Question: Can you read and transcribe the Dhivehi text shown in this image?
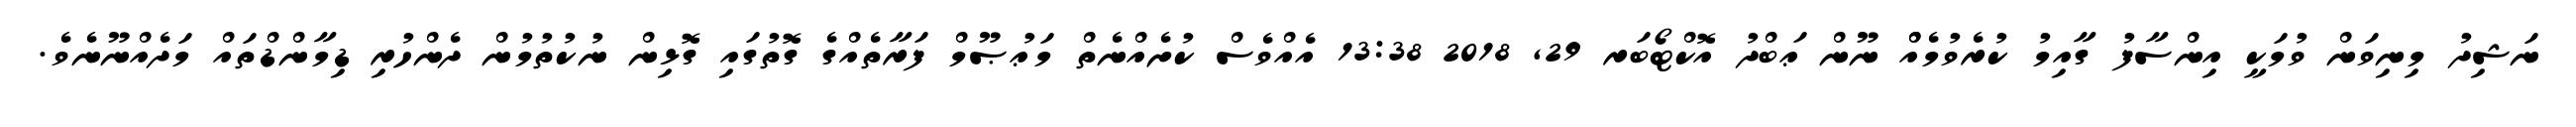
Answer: ނަޝިދު މިނިވަން ވުމަކީ އިންސާފު ގާއިމު ކުރެވުމެއްް ނޫން ޢަބްދު އޮކްޓޯބަރ 29, 2018 13:38 އެއްވެސް ކުށެއްނެތް މަޢުޞޫމް ފަރާތެއްގެ ގޮތުގައި ގޮޅިން ނުކުތުމުން ދެންހުރި ޑިމާންޑްތައް މަދެއްނޫނެވެ.